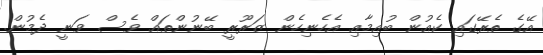
އޭގެ ތެރޭގައި ކެއުން ބުއިމާއި އެހެނިހެން ޒަރޫރީ ބޭނުންތައް ވެސް ވަނީ ދެމުން.